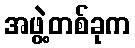
အဖွဲ့တစ်ခုက